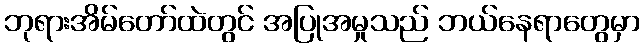
ဘုရားအိမ်တော်ထဲတွင် အပြုအမှုသည် ဘယ်နေရာတွေမှာ